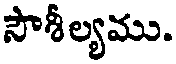
సౌశీల్యము.